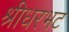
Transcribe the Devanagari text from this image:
श्रीधरभट